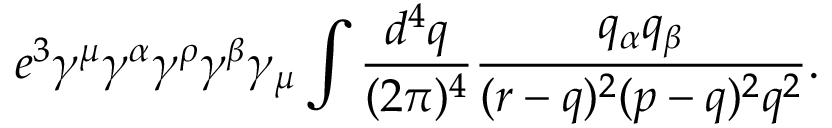
e ^ { 3 } \gamma ^ { \mu } \gamma ^ { \alpha } \gamma ^ { \rho } \gamma ^ { \beta } \gamma _ { \mu } \int { \frac { d ^ { 4 } q } { ( 2 \pi ) ^ { 4 } } } { \frac { q _ { \alpha } q _ { \beta } } { ( r - q ) ^ { 2 } ( p - q ) ^ { 2 } q ^ { 2 } } } .